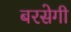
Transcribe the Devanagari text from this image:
बरसेगी